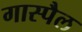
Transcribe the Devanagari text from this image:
गास्पैल